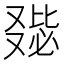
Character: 𠭺